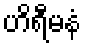
ဟိရီမနံ